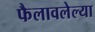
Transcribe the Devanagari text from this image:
फैलावलेल्या